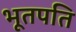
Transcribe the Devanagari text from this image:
भूतपति